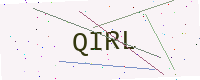
Text: QIRL